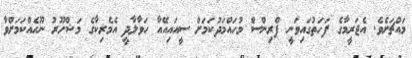
މައްޗަށެވެ. އެޖަރީމާގެ ފަހަތުގައިވަނީ ޕްރިންސް މުހައްމަދުކަމަށް ސީއައިއޭއާ ހަވާލާދީ އެމެރިކާގެ މަޝްހޫރު ނޫހެއްކަމަށްވާ